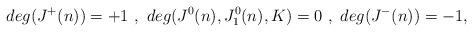
LaTeX: \begin{align*}deg (J^+(n)) = +1 \ , \ deg (J^0(n),J^0_1(n),K) = 0 \ , \ deg (J^-(n)) = -1 ,\end{align*}